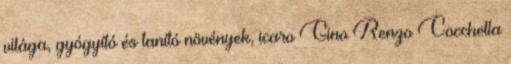
világa, gyógyító és tanító növények, icaro Gino Renzo Cocchella